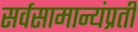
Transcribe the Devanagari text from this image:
सर्वसामान्यंप्रती